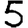
Digit: 5